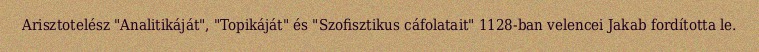
Arisztotelész "Analitikáját", "Topikáját" és "Szofisztikus cáfolatait" 1128-ban velencei Jakab fordította le.